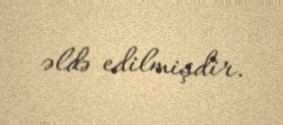
əldə edilmişdir.